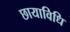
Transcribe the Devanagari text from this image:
छायाविधि